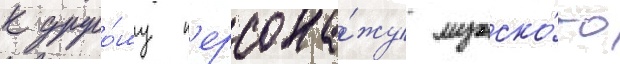
к друго́му п'ерсона́жу мужско́го